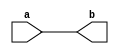
module assign_statement (
    input wire a,
    output reg b
);

assign b = a;

endmodule